Civil Veterinary Dept. Bombay admin report 1914-1922 - 1914-1922
Year: 1914
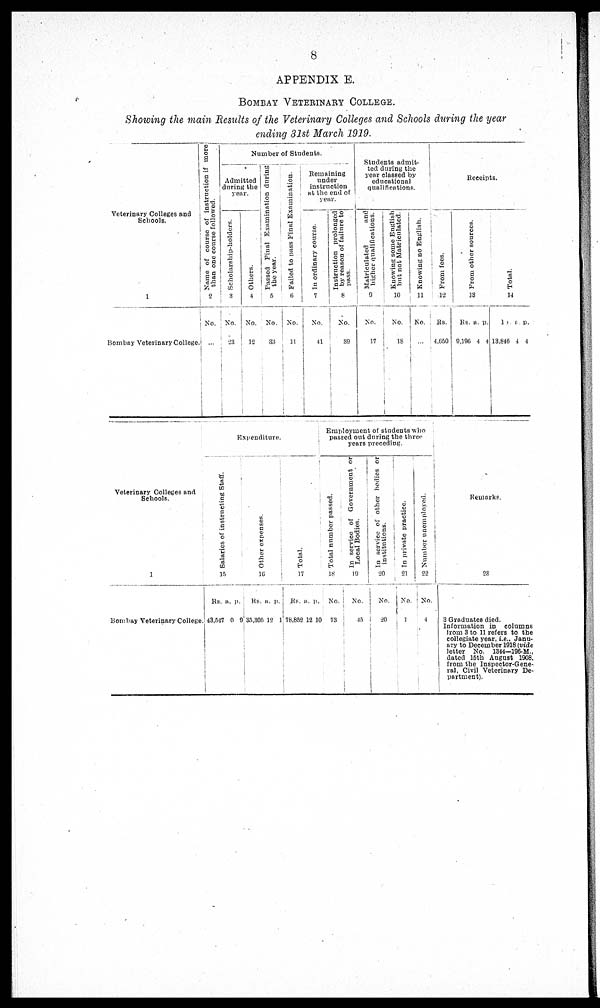
8
APPENDIX E.
BOMBAY VETERINARY COLLEGE.
Showing the main Results of the Veterinary Colleges and Schools during the year
ending 31st March 1919.
Veterinary Colleges and
Schools.
1
Bombay Veterinary College.
Name of course of instruction if more
than one course followed.
2
No.
...
Number of Students.
Admitted
during the
year.
Scholarship-holders.
3
No.
23
Others.
4
No.
12
Passed Final Examination during
the year.
5
No.
33
Failed to pass Final Examination.
6
No.
11
Remaining
under
instruction
at the end of
year.
In
ordinary course.
7
No.
41
Instruction prolonged
by reason of failure to
pass.
8
No.
39
Students admit-
ted during the
year classed by
educational
qualifications.
Matriculated
and
higher qualifications.
9
No.
17
Knowing some English
but not Matriculated.
10
No.
18
Knowing no English.
11
No.
...
Receipts.
From fees.
12
Rs.
4,650
Fr om other sources.
13
Rs.
9,196
a.
4
p.
4
Total.
14
Rs.
13,846
a.
4
p.
4
Veterinary Colleges and
Schools.
1
Bombay Veterinary College.
Expenditure.
Salaries of instructing Staff.
15
Rs.
43,547
a.
0
p.
9
Ot her expenses.
16
Rs.
35,305
a.
12
p.
1
Total.
17
Rs.
78,852
a.
12
p.
10
Employment of students who
passed out during the three
years preceding.
Total number passed.
18
No.
73
In service of Government or
Local Bodes.
19
No.
45
In service of other bodies or
institutions.
20
No.
20
In private practice.
21
No.
1
Number unemployed.
22
No.
4
Remarks.
23
3 Graduates died.
Information in columns
from 3 to 11 refers to the
collegiate year, i.e., Janu-
ary to December 1918 (vide
letter No. 1344-196-M.,
dated 15th August 1908,
from the Inspector-Gene-
ral, Civil Veterinary De-
partment).